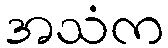
အသံက